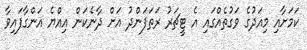
ކަމަށާއި މިއަދުގެ ވަގުތެއްގައި އެ ޓީޗަރު ރަތަފަންދު އަށް ދާނެކަން އިއްޔެ އަންގާފައިވާ